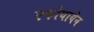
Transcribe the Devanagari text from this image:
एकोयायेन